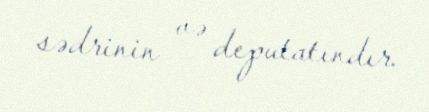
sədrinin və deputatındır.